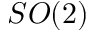
S O ( 2 )